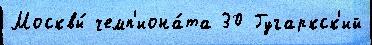
Москвы́ чемп'иона́та 30 Гугаркск'ий